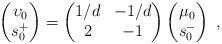
LaTeX: \begin{align*} \begin{pmatrix} \upsilon_0 \\ s^+_0 \end{pmatrix} = \begin{pmatrix} 1/d & -1/d \\ 2 & -1 \end{pmatrix} \begin{pmatrix} \mu_0 \\ s^-_0 \end{pmatrix} \;,\end{align*}